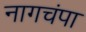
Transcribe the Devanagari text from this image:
नागचंपा